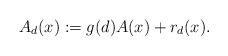
\begin{align*}A_d(x) := g(d)A(x) + r_d(x).\end{align*}